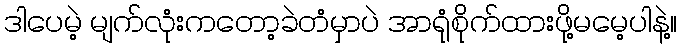
ဒါပေမဲ့ မျက်လုံးကတော့ခဲတံမှာပဲ အာရုံစိုက်ထားဖို့မမေ့ပါနဲ့။